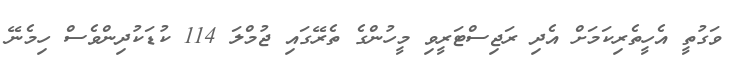
ވަގުތީ އެހީތެރިކަމަށް އެދި ރަޖިސްޓަރީވި މީހުންގެ ތެރޭގައި ޖުމްލަ 114 ކުޑަކުދިންވެސް ހިމެނޭ